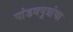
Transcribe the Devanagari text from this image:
पांडवपुत्रांचा